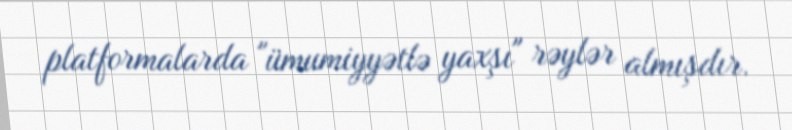
platformalarda "ümumiyyətlə yaxşı" rəylər almışdır.